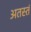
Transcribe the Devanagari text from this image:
अतस्तं